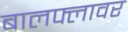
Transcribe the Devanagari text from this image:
बालफ्लावर